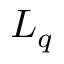
L _ { q }